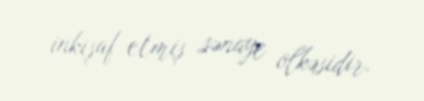
inkişaf etmiş sənaye ölkəsidir.